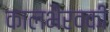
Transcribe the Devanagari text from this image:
कालभैरवकी